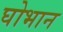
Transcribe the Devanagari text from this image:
घोभान